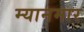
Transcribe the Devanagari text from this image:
म्‍यानमार